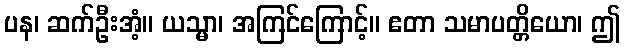
ပန၊ ဆက်ဦးအံ့။ ယသ္မာ၊ အကြင်ကြောင့်။ ဧတာ သမာပတ္တိယော၊ ဤ